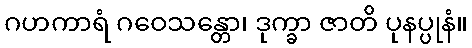
ဂဟကာရံ ဂဝေသန္တော၊ ဒုက္ခာ ဇာတိ ပုနပ္ပုနံ။